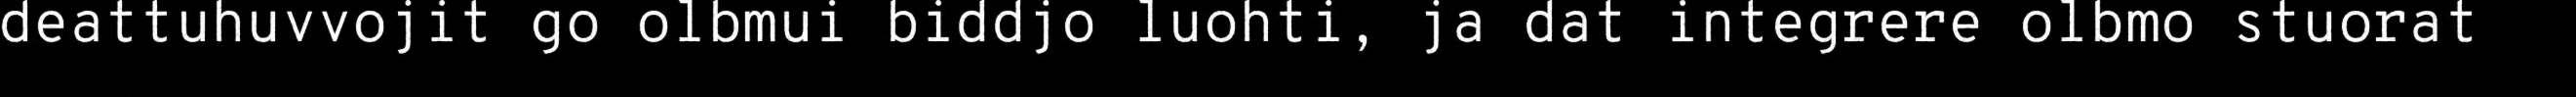
deattuhuvvojit go olbmui biddjo luohti, ja dat integrere olbmo stuorat